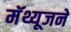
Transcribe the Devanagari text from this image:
मॅथ्यूजने